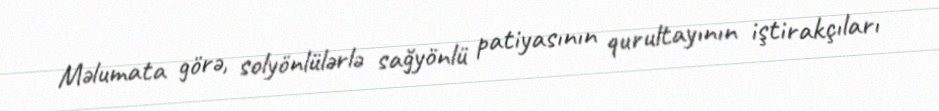
Məlumata görə, solyönlülərlə sağyönlü patiyasının qurultayının iştirakçıları